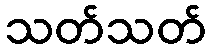
သတ်သတ်